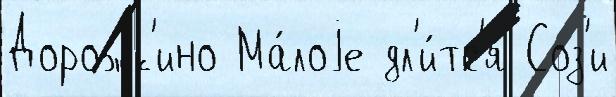
Дорожк'ино Ма́лоjе дл'и́тс'я Соз'и